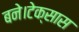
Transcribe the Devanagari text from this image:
बने।टेक्सास